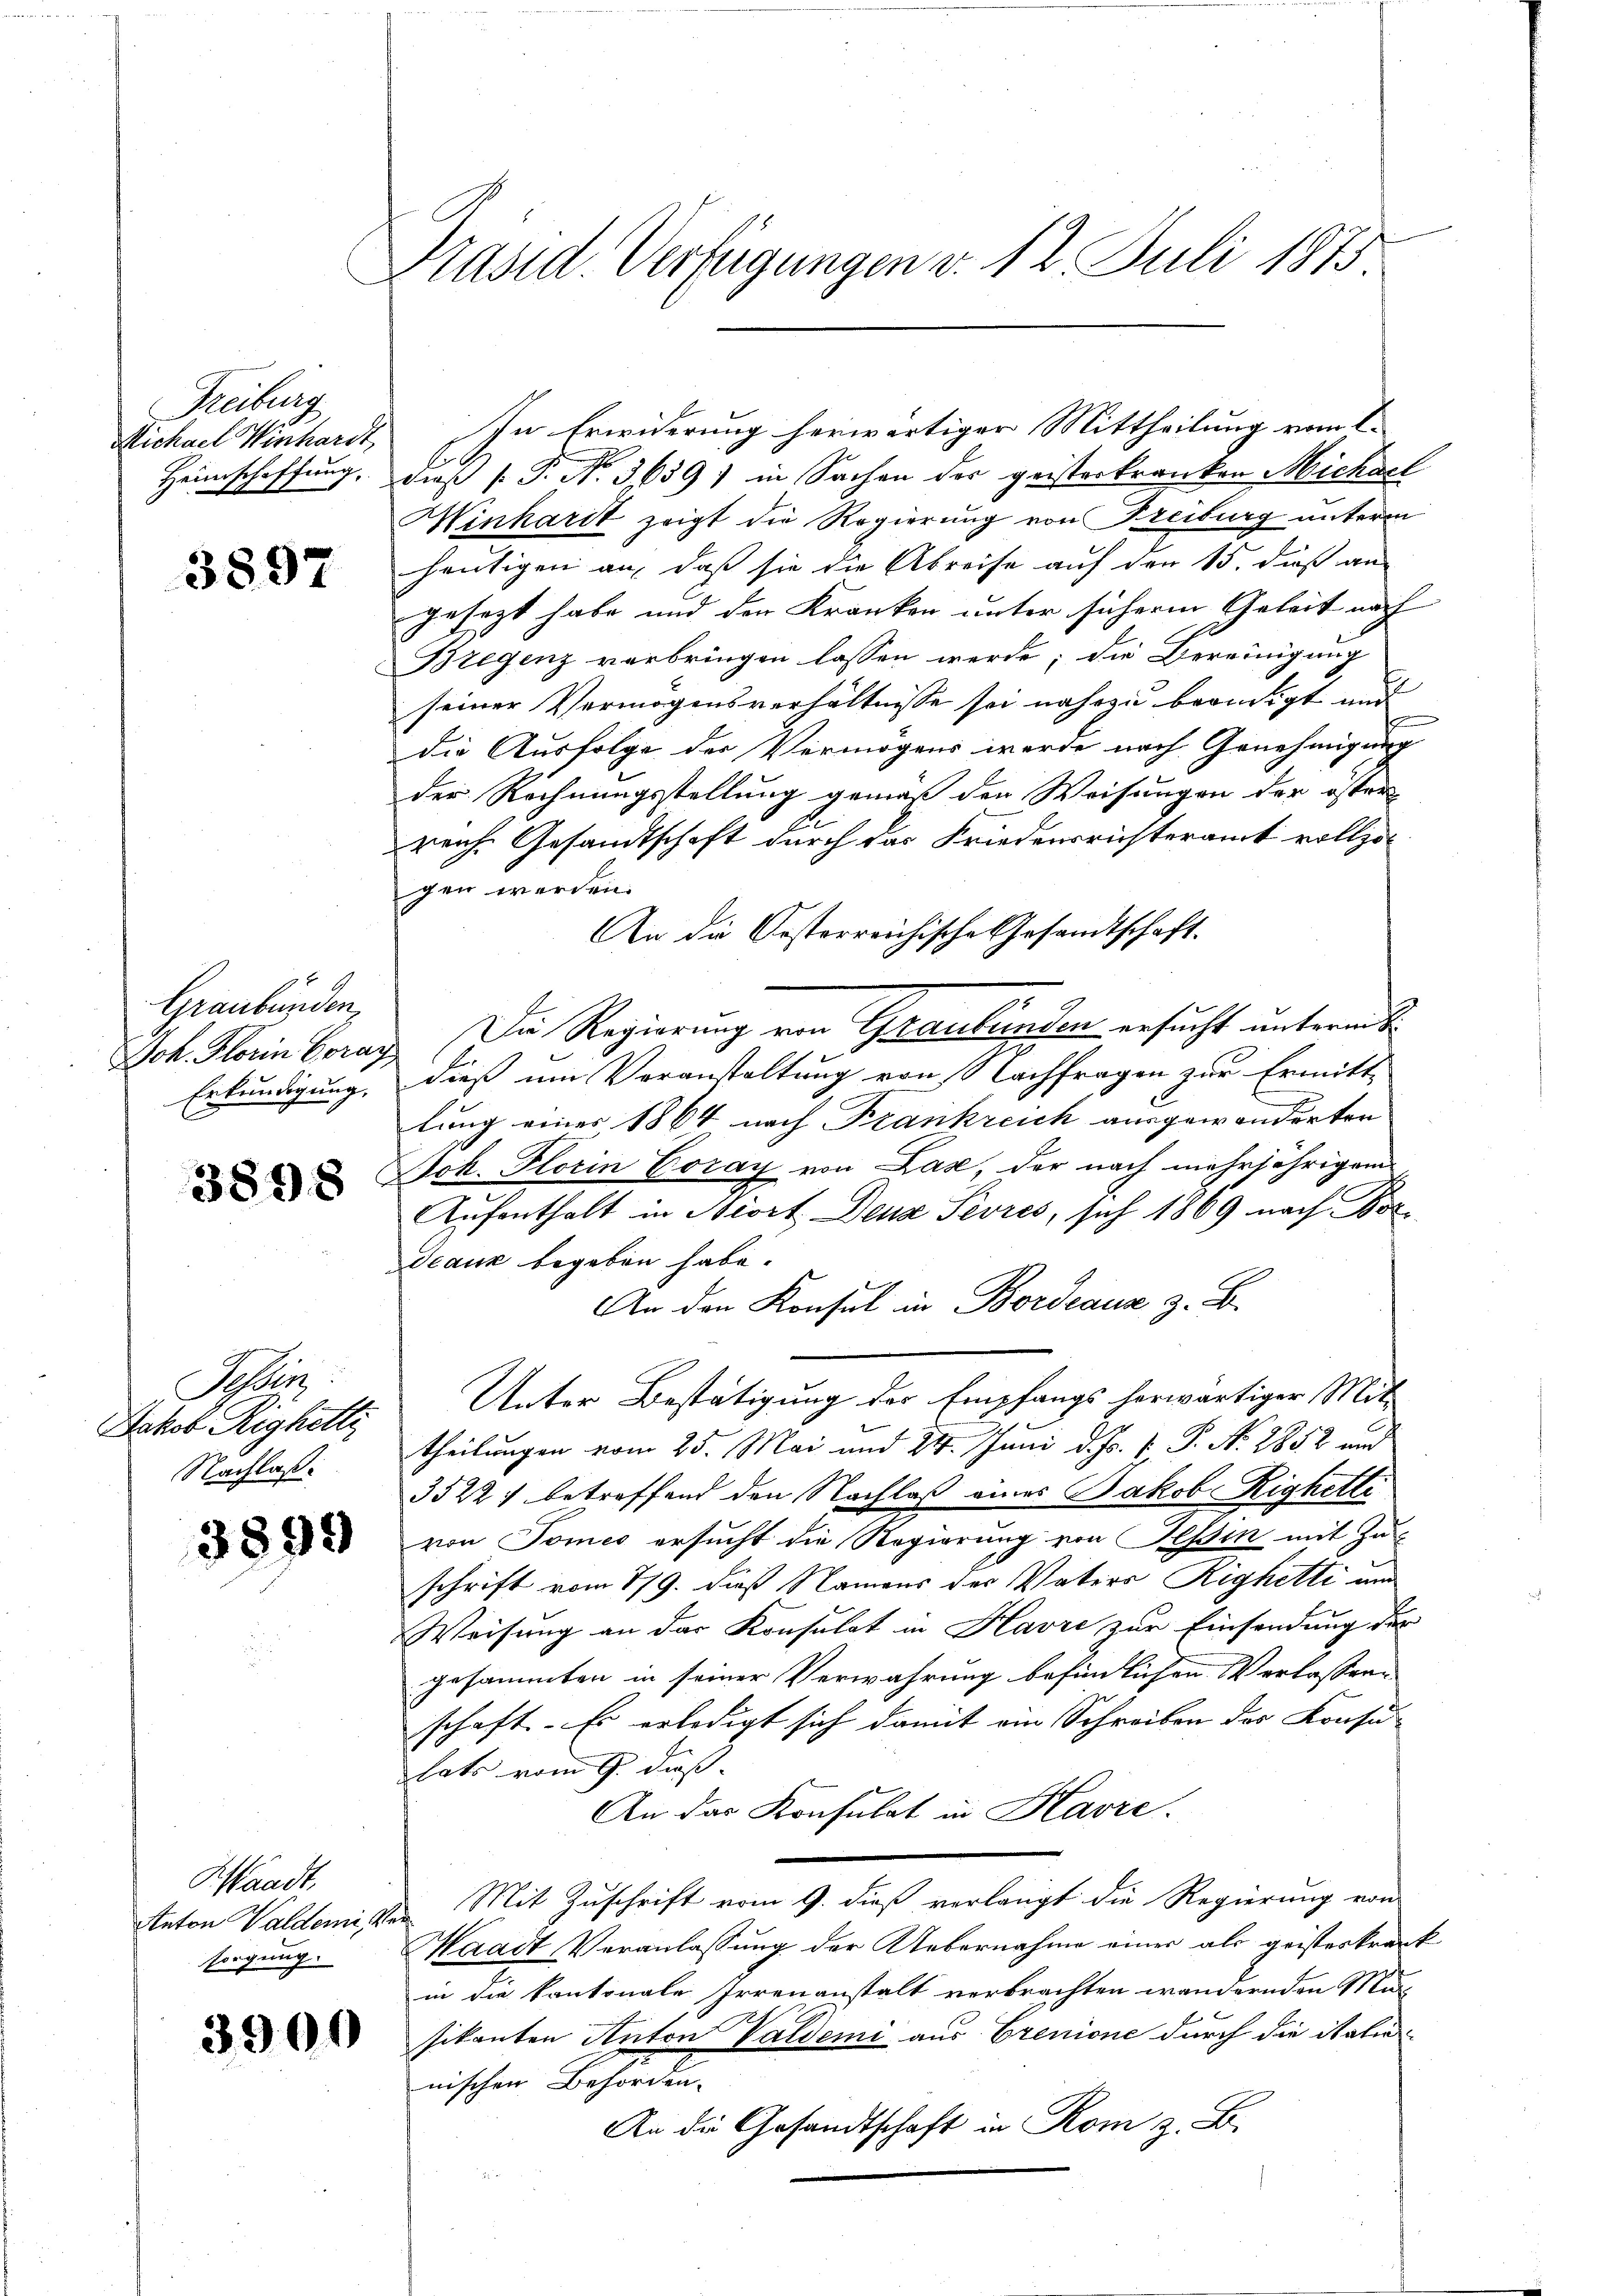
Freiburg
Michael Winhardt,
Heimschaffung.

3897

Graubünden,
Erkundigung.

3898

Soeben
Jakob Righetti
Nachlaß

3899

Waadt,
Anton Waldemis
sorgung.

3900

Präsid. Verfügungen v. 12. Juli 1875

In Erwiderung herwärtiger Mittheilung vom 1.
dieß P. N. 3659) in Sachen der geisterkranken Michael
Minhardt zeigt die Regierung von Freiburg unterm
heutigen an, daß sie die Abreise auf den 15. dieß an
gesezt habe und den Kranken unter sicherm Geleit nach
Bregenz verbringen lassen werde; die Bereinigung
seiner Vermögensverhältnisse sei nahezu beendigt und
die Ausfolge der Vermögens werde nach Genehmigung
der Rechnungsstellung gemäß den Weisungen der öffen
reiche Gesandtschaft durch das Friedensrichteramt vollzogen werden.
An die Kosterreichische Gesandtschaft.
Joh. Florin Coray. Die Regierung von Graubünden ersucht unterm 8.
dieß um Voranstaltung von Nachfragen zur Ermitt-
lung eines 1864 nach Krankreich ausgewanderten
Jok. Florin Coray von Lase, der nach mehrjährigem
Aufenthalt in Niort Denz Pevres, sich 1869 nach Boz
Geaux begeben habe.
An den Konsul in Bordeauz z. B.
Unter Bestätigung der Empfangs herwärtiger Mit-
theilungen vom 25. Mai und 24. Juni d. Js. p. P. Nr. 1852 und
3522 f betreffend den Nachlaß eines Jakob Righetti
von Tomes ersucht die Regierung von Tessin mit Zu-
schrift vom 779. dieß Namens der Vaters Reghetti un
Weisung an das Konsulat in Havre zur Einsendung der
gesammten in seiner Verwahrung befindlichen Verlasser-
schaft. Es erledigt sich damit ein Schreiben des Konsulats vom 9. daß
An das Konsulat in Havre.
Von Mit Zuschrift vom 9. dieß verlangt die Regierung von
Waadt Veranlassung der Uebernahme einer als geisteskrank
in die kantonale Irrenanstalt verbrachten wandernden Mut
sikanten Anton Valdemi aus Crenione durch die italie
nischen Behörden.
An die Gesandtschaft in Rom z. B.